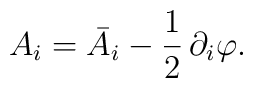
A_i=\bar{A}_i-\frac{1}{2}\,\partial _i\varphi .